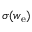
\sigma ( w _ { \mathrm { e } } )